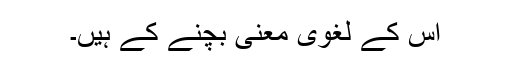
اِس کے لغوی معنی بچنے کے ہیں۔